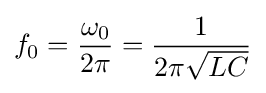
f_{0}={\frac {\omega _{0}}{2\pi }}={\frac {1}{2\pi {\sqrt {LC}}}}